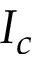
I _ { c }